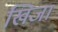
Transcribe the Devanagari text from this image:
खिजा